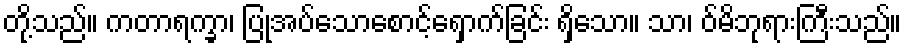
တို့သည်။ ကတာရက္ခာ၊ ပြုအပ်သောစောင့်ရှောက်ခြင်း ရှိသော။ သာ၊ ဝ်မိဘုရားကြီးသည်။